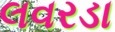
લવરડા